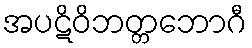
အပဋိဝိဘတ္တဘောဂီ